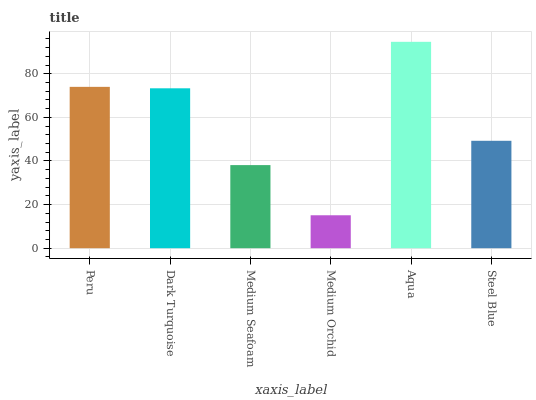
| xaxis_label | bars |
 | --- | --- |
 | Peru | 74 |
 | Dark Turquoise | 73.3 |
 | Medium Seafoam | 38.1 |
 | Medium Orchid | 15.1 |
 | Aqua | 94.6 |
 | Steel Blue | 49.3 |